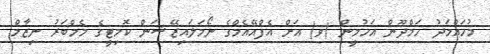
މުހައްމަދު ހަމްދޫން އަހުމީން (ވ) އަށް އެފްއޭއެމްގެ ނޯމަލައިޒޭޝަން ކޮމިޓީގެ މެމްބަރު ނިޒާމް